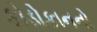
કોડોકાનનો